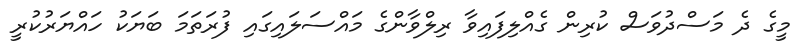
މީގެ ދެ މަސްދުވަސް ކުރިން ގެއްލިފައިވާ ރިލްވާންގެ މައްސަލައިގައި ފުރަތަމަ ބަޔަކު ހައްޔަރުކުރީ